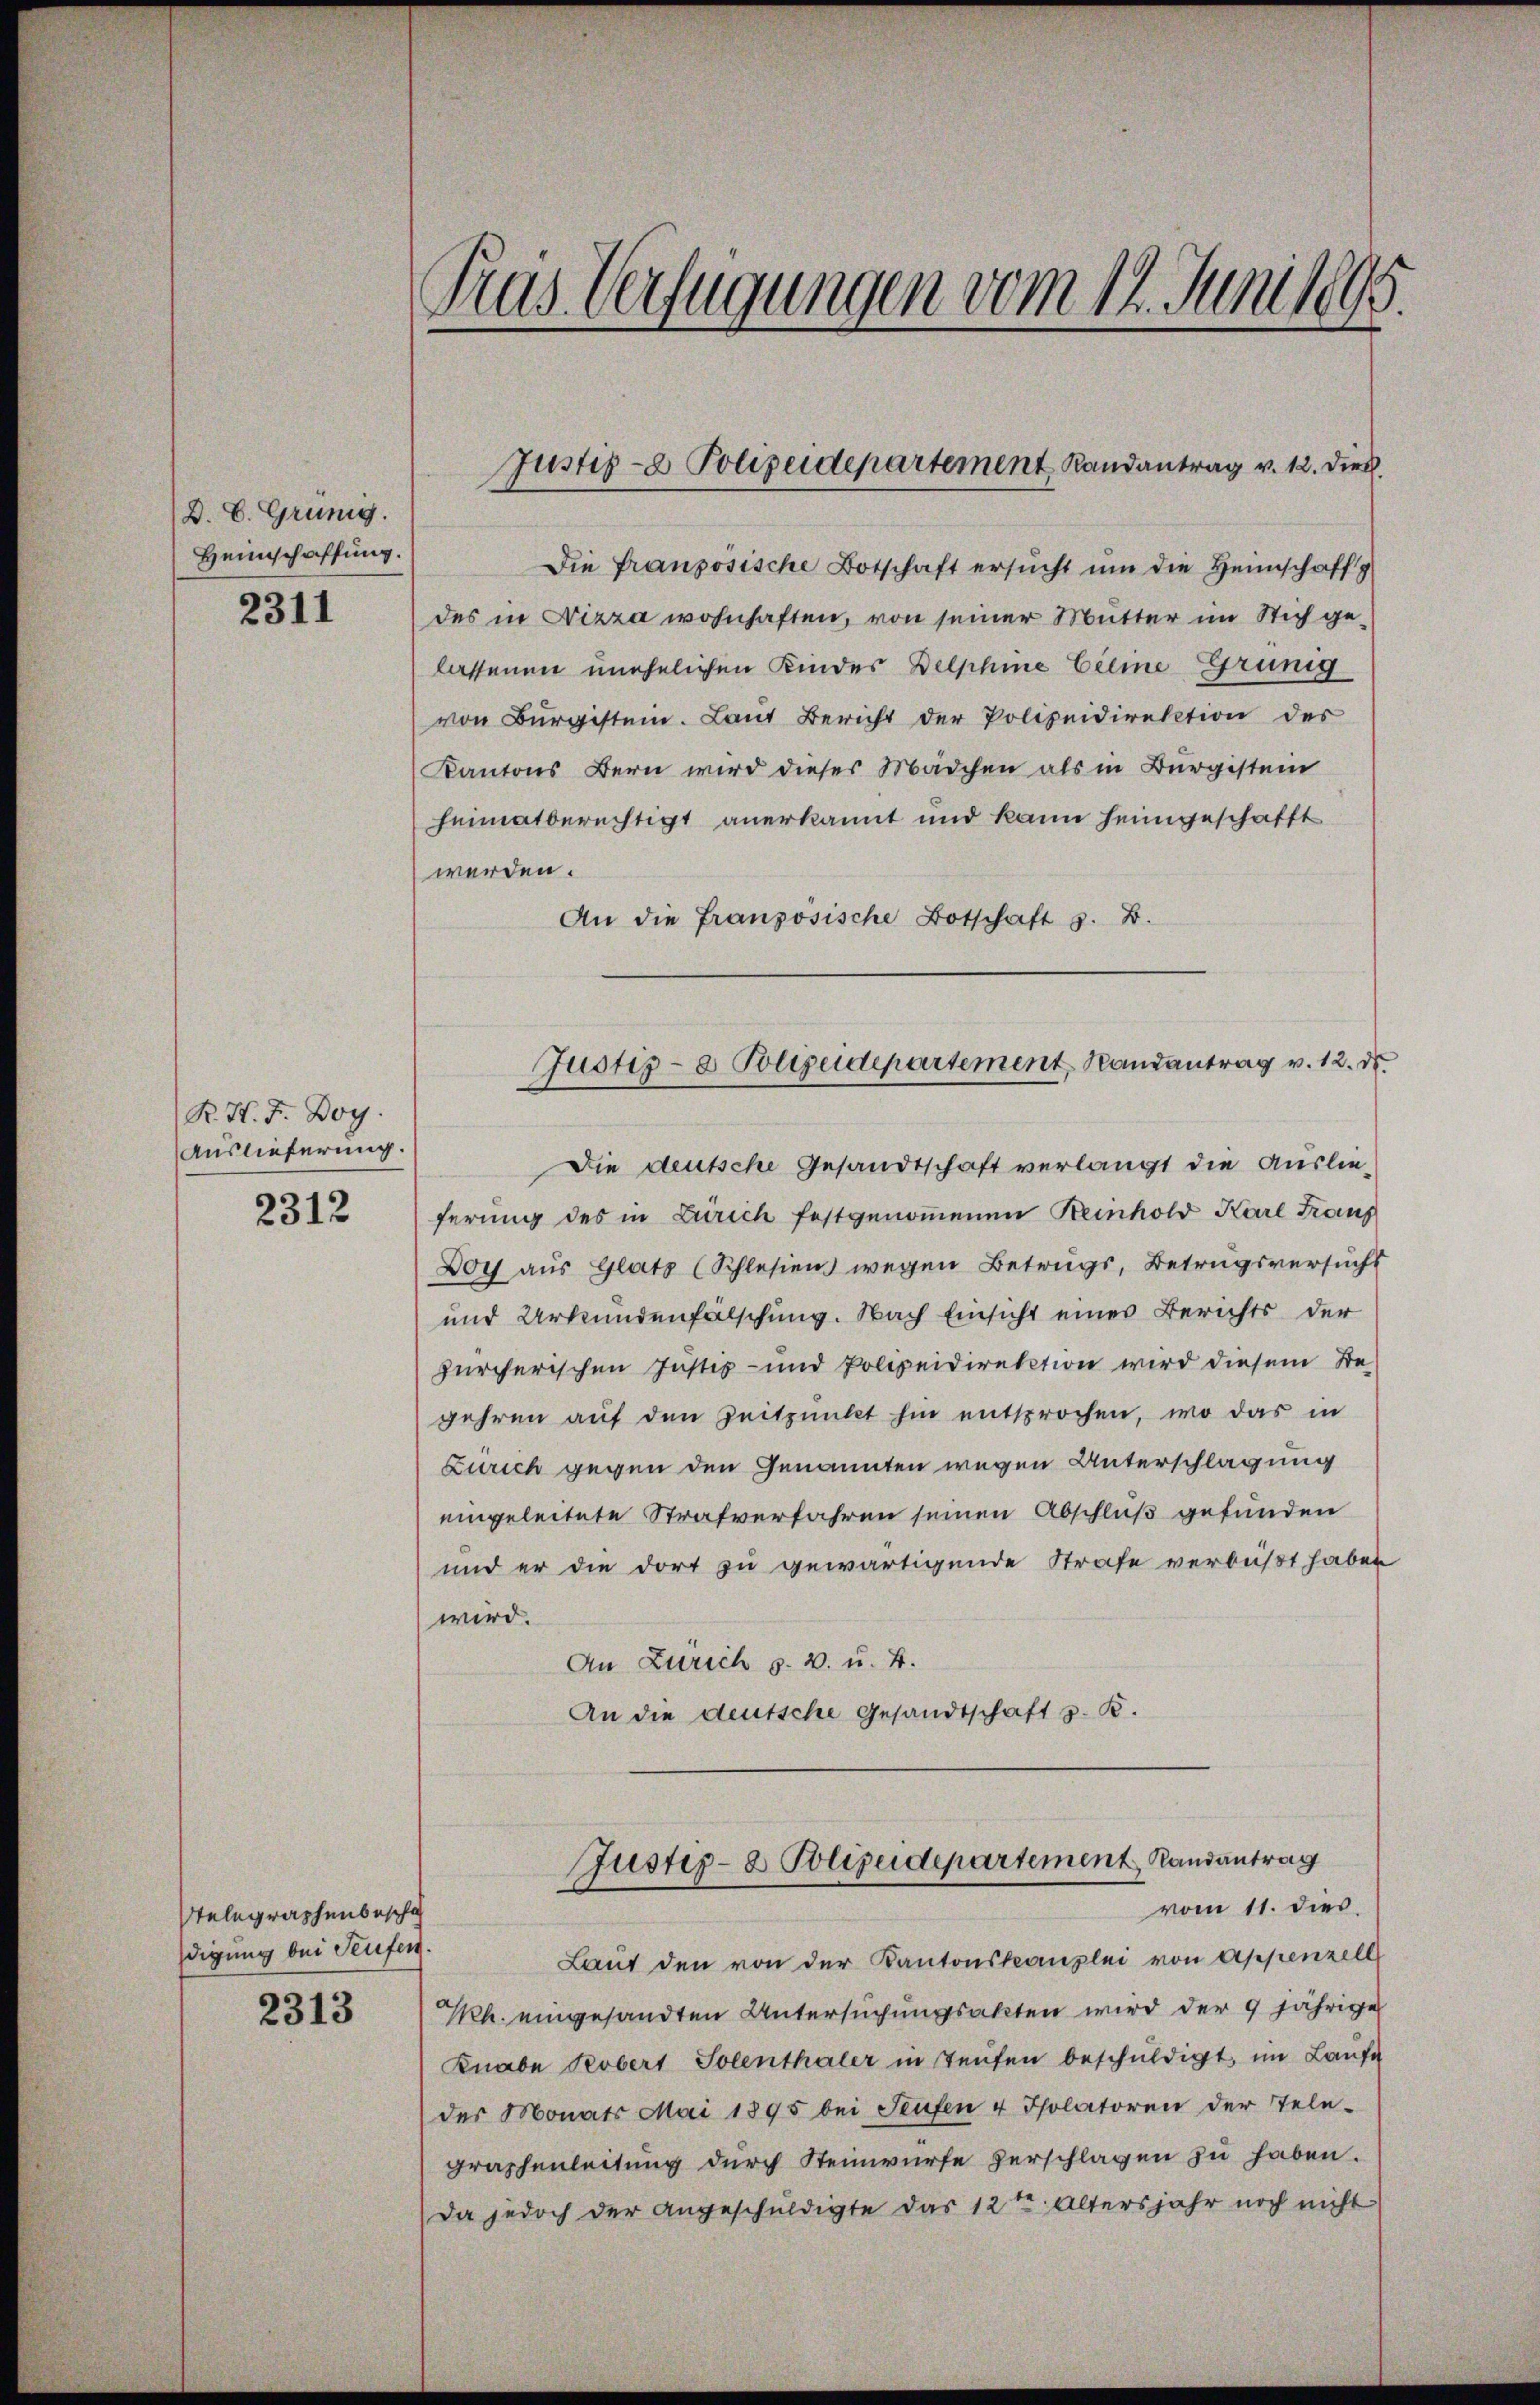
D. C. Grünig.
Heimschaffung.

2311

R. H. F. Boy.
Auslieferung.

2312

Telegraphenbeschäf
digung bei Teufen.

2313

Das Verfügungen vom 14. Juni 1895.

Die französische Botschaft ersŭcht ŭm die Heimschaffg
des in Nizza wohnhaften, von seiner Mutter im Stich gelassenen unehelichen Kindes Delphine beime Grüng
von Bürgistein. Laut Bericht der Polizeidirektion des
Kantons Bern wird dieses Mädchen als in Burgistein
heimatberechtigt anerkannt und kann heimgeschafft
werden.
An die Französische Botschaft z. B.

Justiz- & Polizeidepartement Randantrag v. 12. Dieb

Die deutsche Gesandtschaft verlangt die Auslieferung des in Zürich festgenoṁenen Reinhold Karl Franz
Doy aŭs Glats (Schlesien wegen Betrugs, Betragsversŭchs
und Urkundenfälschung. Nach Einsicht einer Berichts der
zürcherischen Justiz- und Polizeidirektion wird diesem Be-
gehren auf den Zeitpunkt hin entsprochen, wo das in
Zürich gegen den Genannten wegen Unterschlagung
eingeleitete Strafverfahren seinen Abschluß gefunden
und er die dort zu gewärtigende Strafe verbüßt haben
wird.
An Zürich p. v. u. 4.
An die deutsche Gesandtschaft z. B.

Justiz- & Polizeidepartement Randantrag v. 12. d.

Justiz- & Polizeidepartement Randantrag
vom 11. dies.

Laŭt den von der Kantonskanzlei von Appenzell
Ph. eingesandten Untersuchungsakten wird der 9 jährige
Knabe Probert Solenthaler in Teufen beschuldigt, im Laufe
der Monats Mai 1895 bei Seufen 4 Isolatoren der Tele-
graphenleitung durch Steinwürfe verschlagen zu haben.
Da jedoch der angeschuldigte das 12ten Altersjahr noch nicht